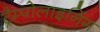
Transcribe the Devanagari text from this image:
ट्रैम्पोलाइनिंग